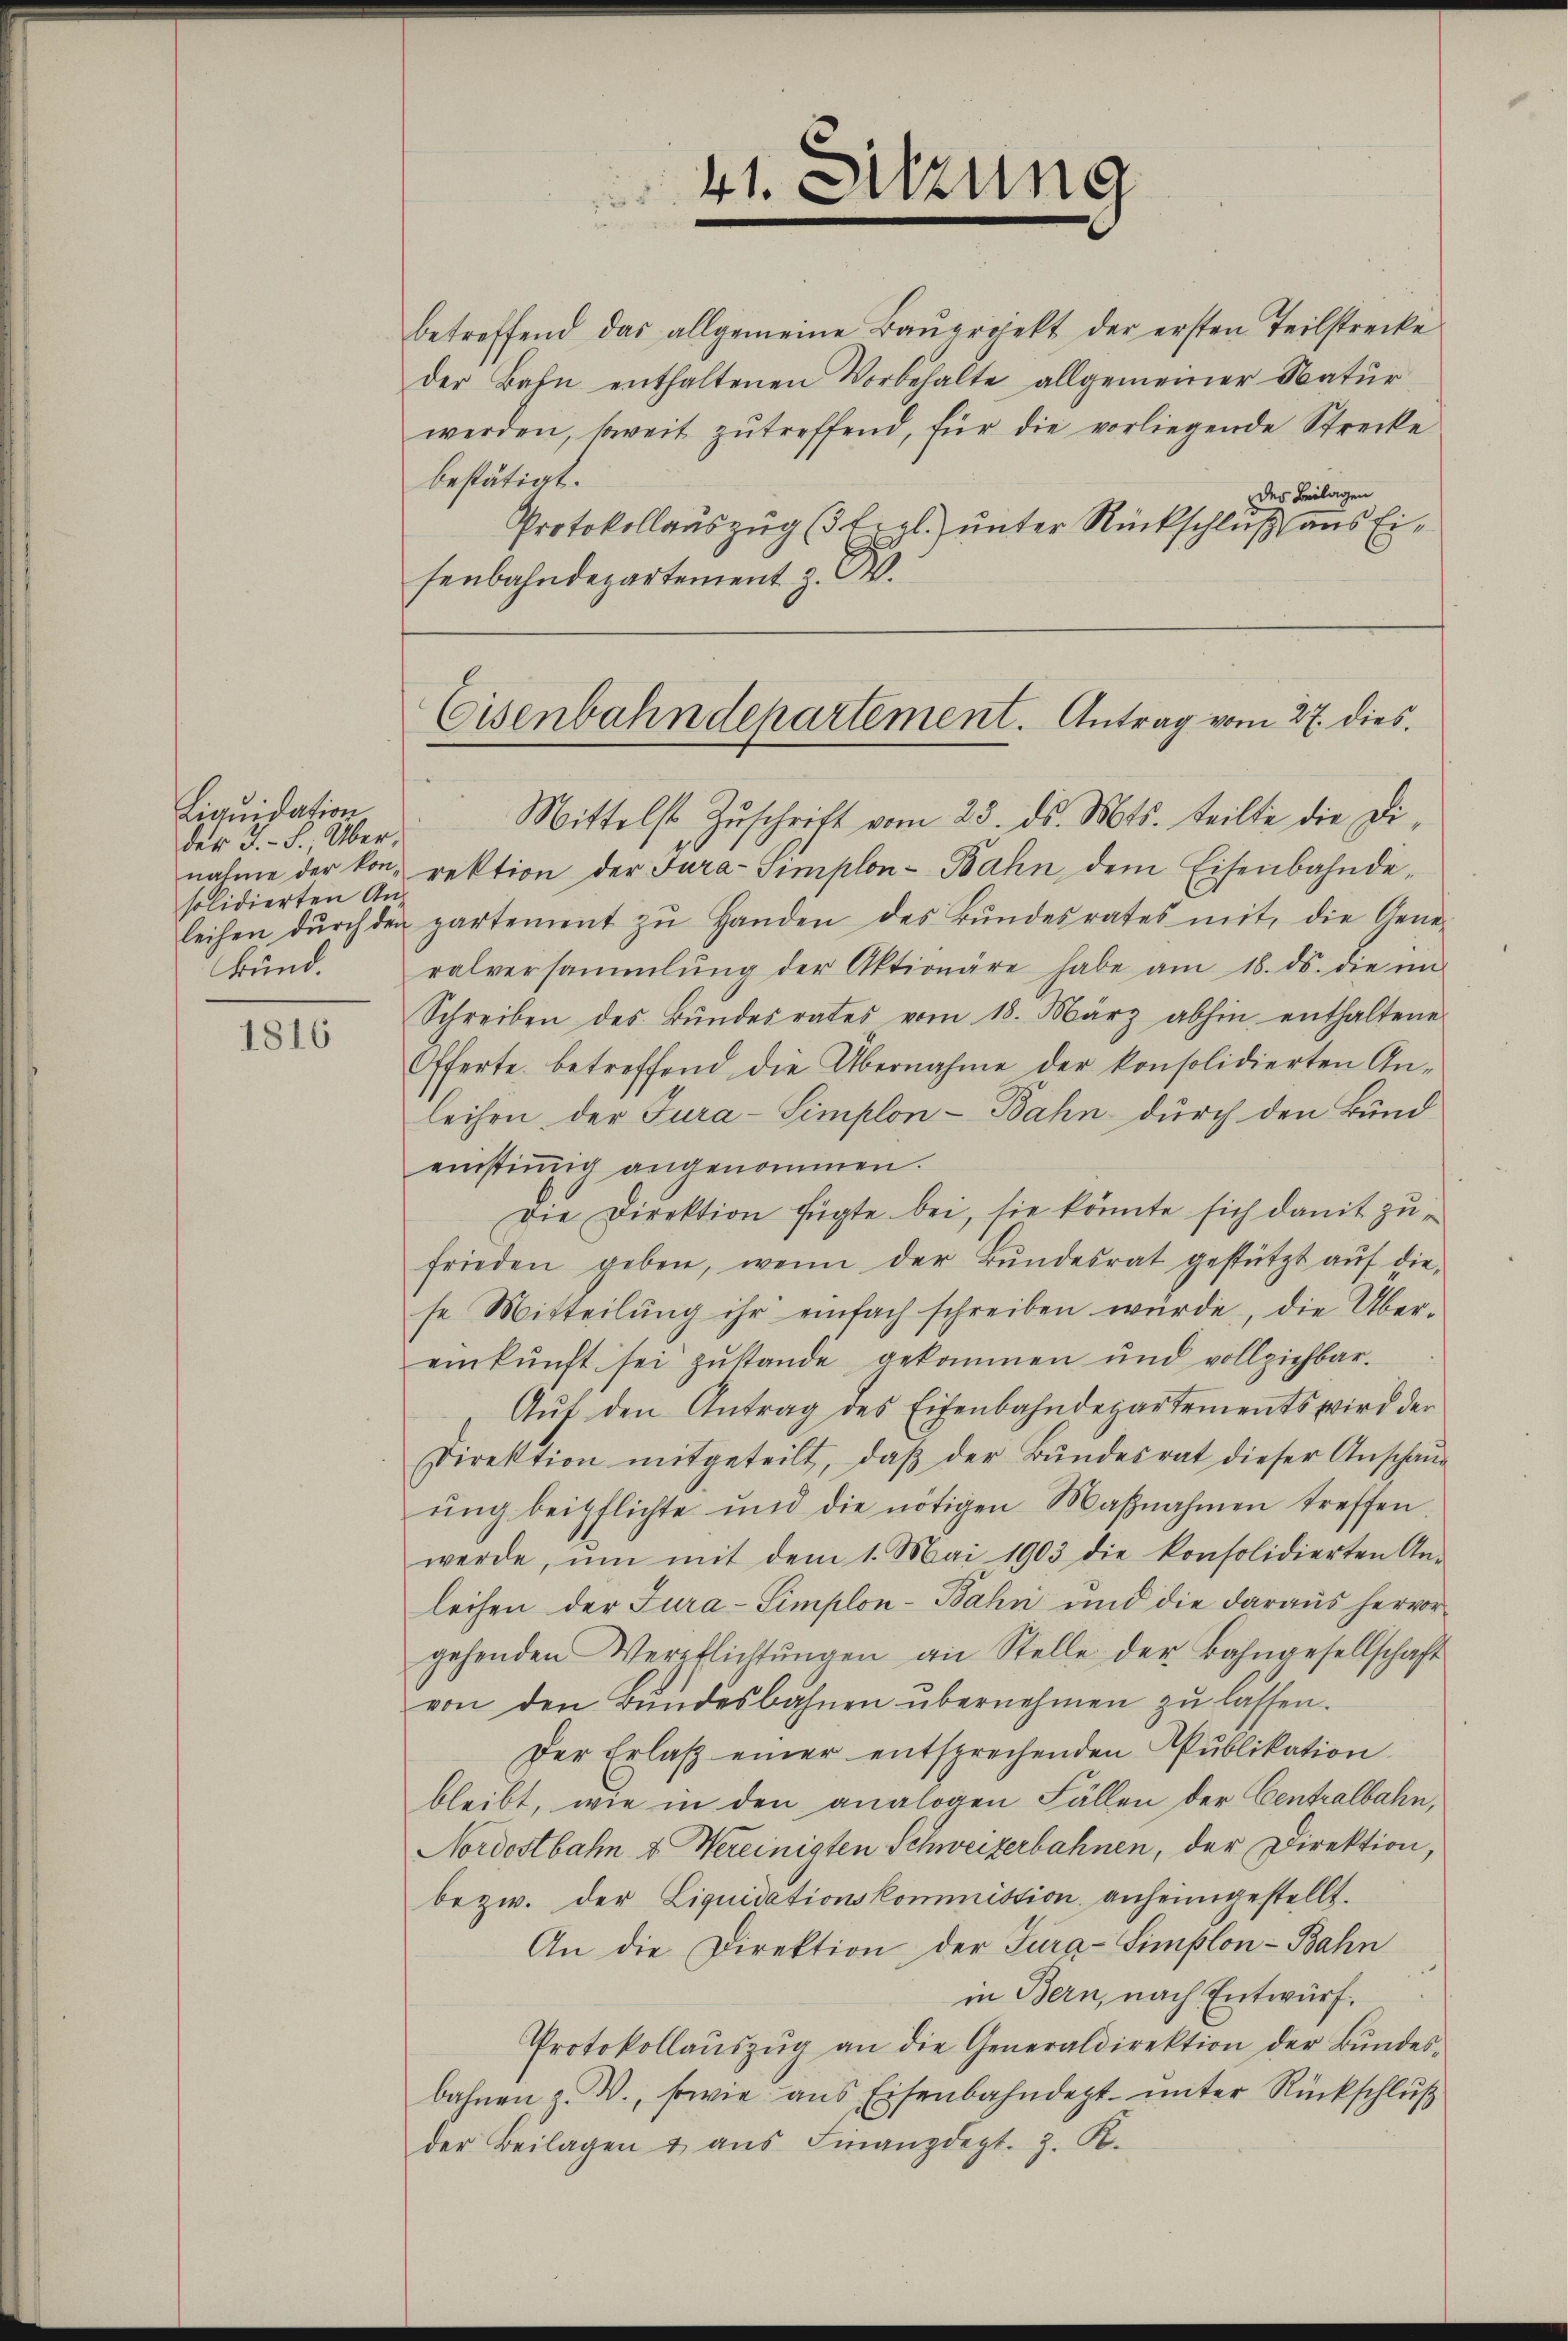
Liquidation
der J.-S., Über,
solidierten An¬

1816

betreffend das allgemeine Baŭprojekt der ersten Teilstrecke
der Bahn enthaltenen Vorbehalte allgemeiner Natur
werden, soweit zutreffend, für die vorliegende Strecke
bestätigt.
des Beilagen
Protokollauszug (Ergl.) unter Rückschluß aus Eisenbahndepartement z. B.

41. Sitzung

Mittelst Zŭschrift vom 23. ds. Mts. teilte die Dinahme der kon- rektion der Fura-Simplon-Bahn dem Eisenbahnde-
leihen dŭrch den partement zŭ Handen des Bŭndesrates mit, die Gene-
bŭnd. Balversammlung der Aktionäre habe am 18. ds. die im
Schreiben des Bŭndesrates vom 18. März abhin enthaltene
Offerte, betreffend die Übernahme der konsolidierten An-
leihen der Jura-Simplon-Bahn durch den Bund
einstiṁig angenommen.
Die Direktion fügte bei, sie könnte sich damit zufrieden geben, wenn der Bŭndesrat gestützt aŭf die
se Mitteilŭng ihr einfach schreiben würde, die Über-
einkunft sei zŭstande gekommen und vollziehbar.
Aŭf den Antrag des Eisenbahndepartements wird der
Direktion mitgeteilt, daß der Bundesrat dieser Anschau
ŭng beipflichte und die nötigen Maβnahmen treffen.
werde, ŭm mit dem 1. Mai 1903 die konsolidierten An-
leihen der Jura-Simplon-Bahn und die daraus hervorgehenden Verpflichtŭngen an Stelle der Bahngesellschaft
von den Bundesbahnen übernehmen zu lassen.
Der Erlaβ einer entsprechenden Pŭblikation
bleibt, wie in den analogen Fällen der Centralbahn,
Nordostbahn & Vereinigten Schweizerbahnen, der Direktion,
bezw. der Liquidationskommission anheimgestellt.
An die Direktion der Tura-Simplon - Bahn
in Bern, nach Entwurf.
Protokollaŭszŭg an die Generaldirektion der Bŭndes-
bahnen z. B., sowie aus Eisenbahndept. unter Rückschluß
der Beilagen u. aus Finanzdept. z. B.

Eisenbahndepartement. Antrag vom 27. dies